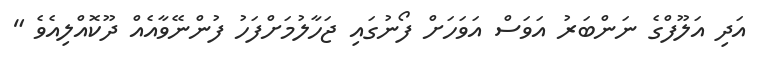
އަދި އަލޫފްގެ ނަންބަރު އަވަސް އަވަހަށް ފޯނުގައި ޖަހާލުމަށްފަހު ފުންނޭވާއެއް ދޫކޮއްލިއެވެ "